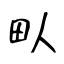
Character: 㽗